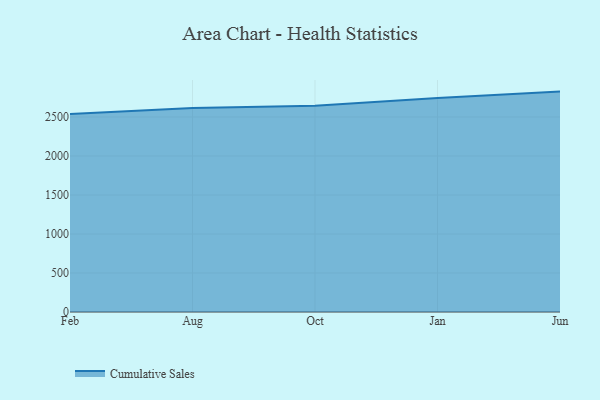
{"axis": {"x": "Month", "y": "Net Income (USD K)"}, "legend": ["Cumulative Sales"], "data": [{"x": "Feb", "y": 2539.7, "type": "Cumulative Sales"}, {"x": "Aug", "y": 2615.7, "type": "Cumulative Sales"}, {"x": "Oct", "y": 2642.8, "type": "Cumulative Sales"}, {"x": "Jan", "y": 2744.6, "type": "Cumulative Sales"}, {"x": "Jun", "y": 2825.3, "type": "Cumulative Sales"}]}